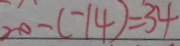
2 0 - ( - 1 4 ) = 3 4